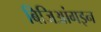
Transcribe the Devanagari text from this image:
बिजिआंगइन